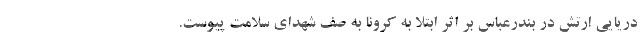
دریایی ارتش در بندرعباس بر اثر ابتلا به کرونا به صف شهدای سلامت پیوست.